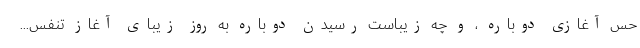
حس آغازی دوباره ، و چه زیباست رسیدن دوباره به روز زیبای آغاز تنفس...